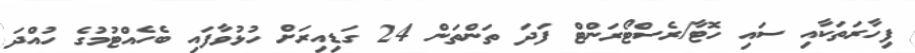
ފިހާރަތަކާއި ސައި ހޮޓާ/ރެސްޓޯރަންޓް ފަދަ ތަންތަން 24 ގަޑިއިރަށް ހުޅުވާފައި ބެހެއްޓުމުގެ ހުއްދަ